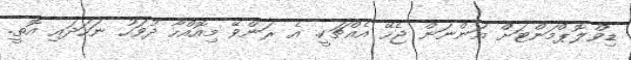
ޑިވްލޮޕްމަންޓަށް އަންނަން ޖެހޭ އެއްޗަކީ. އެ ރަންވޭ މިއޮއްހާ ދުވަހު ނަހަދައި އޮތީ.